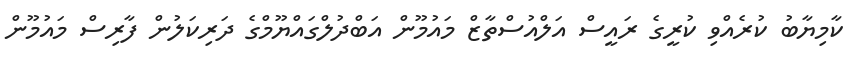
ކާމިޔާބު ކުރެއްވި ކުރީގެ ރައީސް އަލްއުސްތާޒް މައުމޫން އަބްދުލްގައްޔޫމްގެ ދަރިކަލުން ފާރިސް މައުމޫން